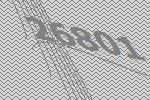
26801